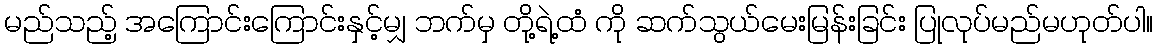
မည်သည့် အကြောင်းကြောင်းနှင့်မျှ ဘက်မှ တို့ရဲ့ထံ ကို ဆက်သွယ်မေးမြန်းခြင်း ပြုလုပ်မည်မဟုတ်ပါ။